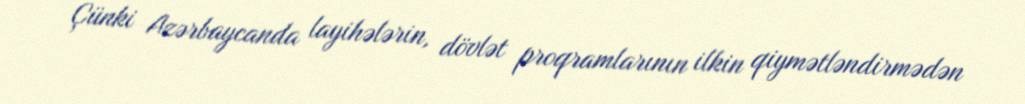
Çünki Azərbaycanda layihələrin, dövlət proqramlarının ilkin qiymətləndirmədən